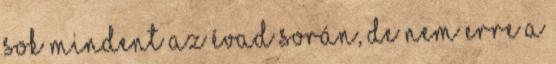
sok mindent az évad során, de nem erre a